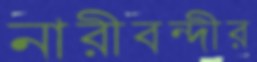
নারীবন্দীর